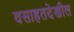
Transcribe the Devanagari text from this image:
वसाहतदेखील